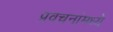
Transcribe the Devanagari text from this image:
प्रवचनांमध्ये